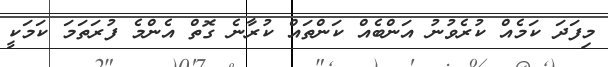
މިފަދަ ކަމެއް ކުރެވުނު އަންބެއް ކަންތައް ކުރާނެ ގޮތް އެންމެ ފުރަތަމަ ކަމަކީ